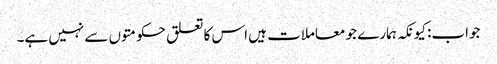
جواب: کیونکہ ہمارے جو معاملات ہیں اس کا تعلق حکومتوں سے نہیں ہے۔